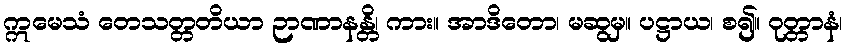
ဣမေသံ တေသတ္တတိယာ ဉာဏာနန္တိ၊ ကား။ အာဒိတော၊ မဆွမှ။ ပဋ္ဌာယ၊ စ၍။ ဝုတ္တာနံ၊